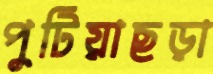
পুটিয়াছড়া